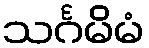
သင်္ဂမိမံ